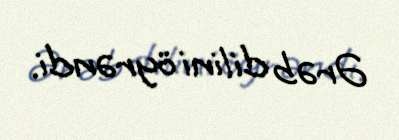
Ərəb dilini öyrəndi.